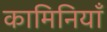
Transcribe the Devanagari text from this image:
कामिनियाँ